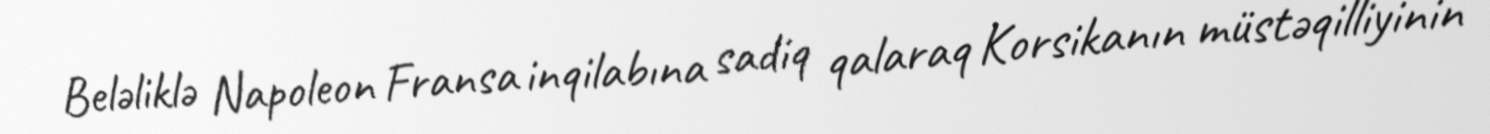
Beləliklə Napoleon Fransa inqilabına sadiq qalaraq Korsikanın müstəqilliyinin